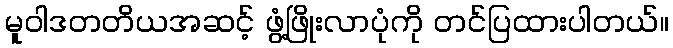
မူဝါဒတတိယအဆင့် ဖွံ့ဖြိုးလာပုံကို တင်ပြထားပါတယ်။